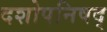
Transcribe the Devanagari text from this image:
दशोपनिषद्